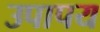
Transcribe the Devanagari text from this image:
उपापय